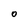
Character: 0